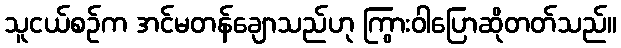
သူငယ်စဉ်က အင်မတန်ချောသည်ဟု ကြွားဝါပြောဆိုတတ်သည်။